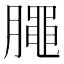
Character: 𣎜